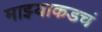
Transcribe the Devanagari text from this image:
माझ्याकडचं